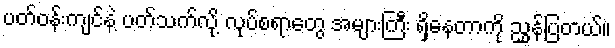
ပတ်ဝန်းကျင်နဲ့ ပတ်သက်လို့ လုပ်စရာတွေ အများကြီး ရှိနေတာကို ညွှန်ပြတယ်။